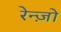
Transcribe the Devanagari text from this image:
रेन्ज़ो